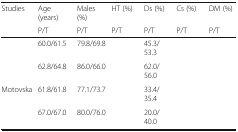
<table><thead><tr><td><b>Studies</b></td><td><b>Age (years)</b></td><td><b>Males (%)</b></td><td><b>HT (%)</b></td><td><b>Ds (%)</b></td><td><b>Cs (%)</b></td><td><b>DM (%)</b></td></tr><tr><td>[EMPTY_CELL]</td><td><b>P/T</b></td><td><b>P/T</b></td><td><b>P/T</b></td><td><b>P/T</b></td><td><b>P/T</b></td><td><b>P/T</b></td></tr></thead><tbody><tr><td>[EMPTY_CELL]</td><td>60.0/61.5</td><td>79.8/69.8</td><td>[EMPTY_CELL]</td><td>45.3/53.3</td><td>[EMPTY_CELL]</td><td>[EMPTY_CELL]</td></tr><tr><td>[EMPTY_CELL]</td><td>62.8/64.8</td><td>86.0/66.0</td><td>[EMPTY_CELL]</td><td>62.0/56.0</td><td>[EMPTY_CELL]</td><td>[EMPTY_CELL]</td></tr><tr><td>Motovska</td><td>61.8/61.8</td><td>77.1/73.7</td><td>[EMPTY_CELL]</td><td>33.4/35.4</td><td>[EMPTY_CELL]</td><td>[EMPTY_CELL]</td></tr><tr><td>[EMPTY_CELL]</td><td>67.0/67.0</td><td>80.0/76.0</td><td>[EMPTY_CELL]</td><td>20.0/40.0</td><td>[EMPTY_CELL]</td><td>[EMPTY_CELL]</td></tr></tbody></table>